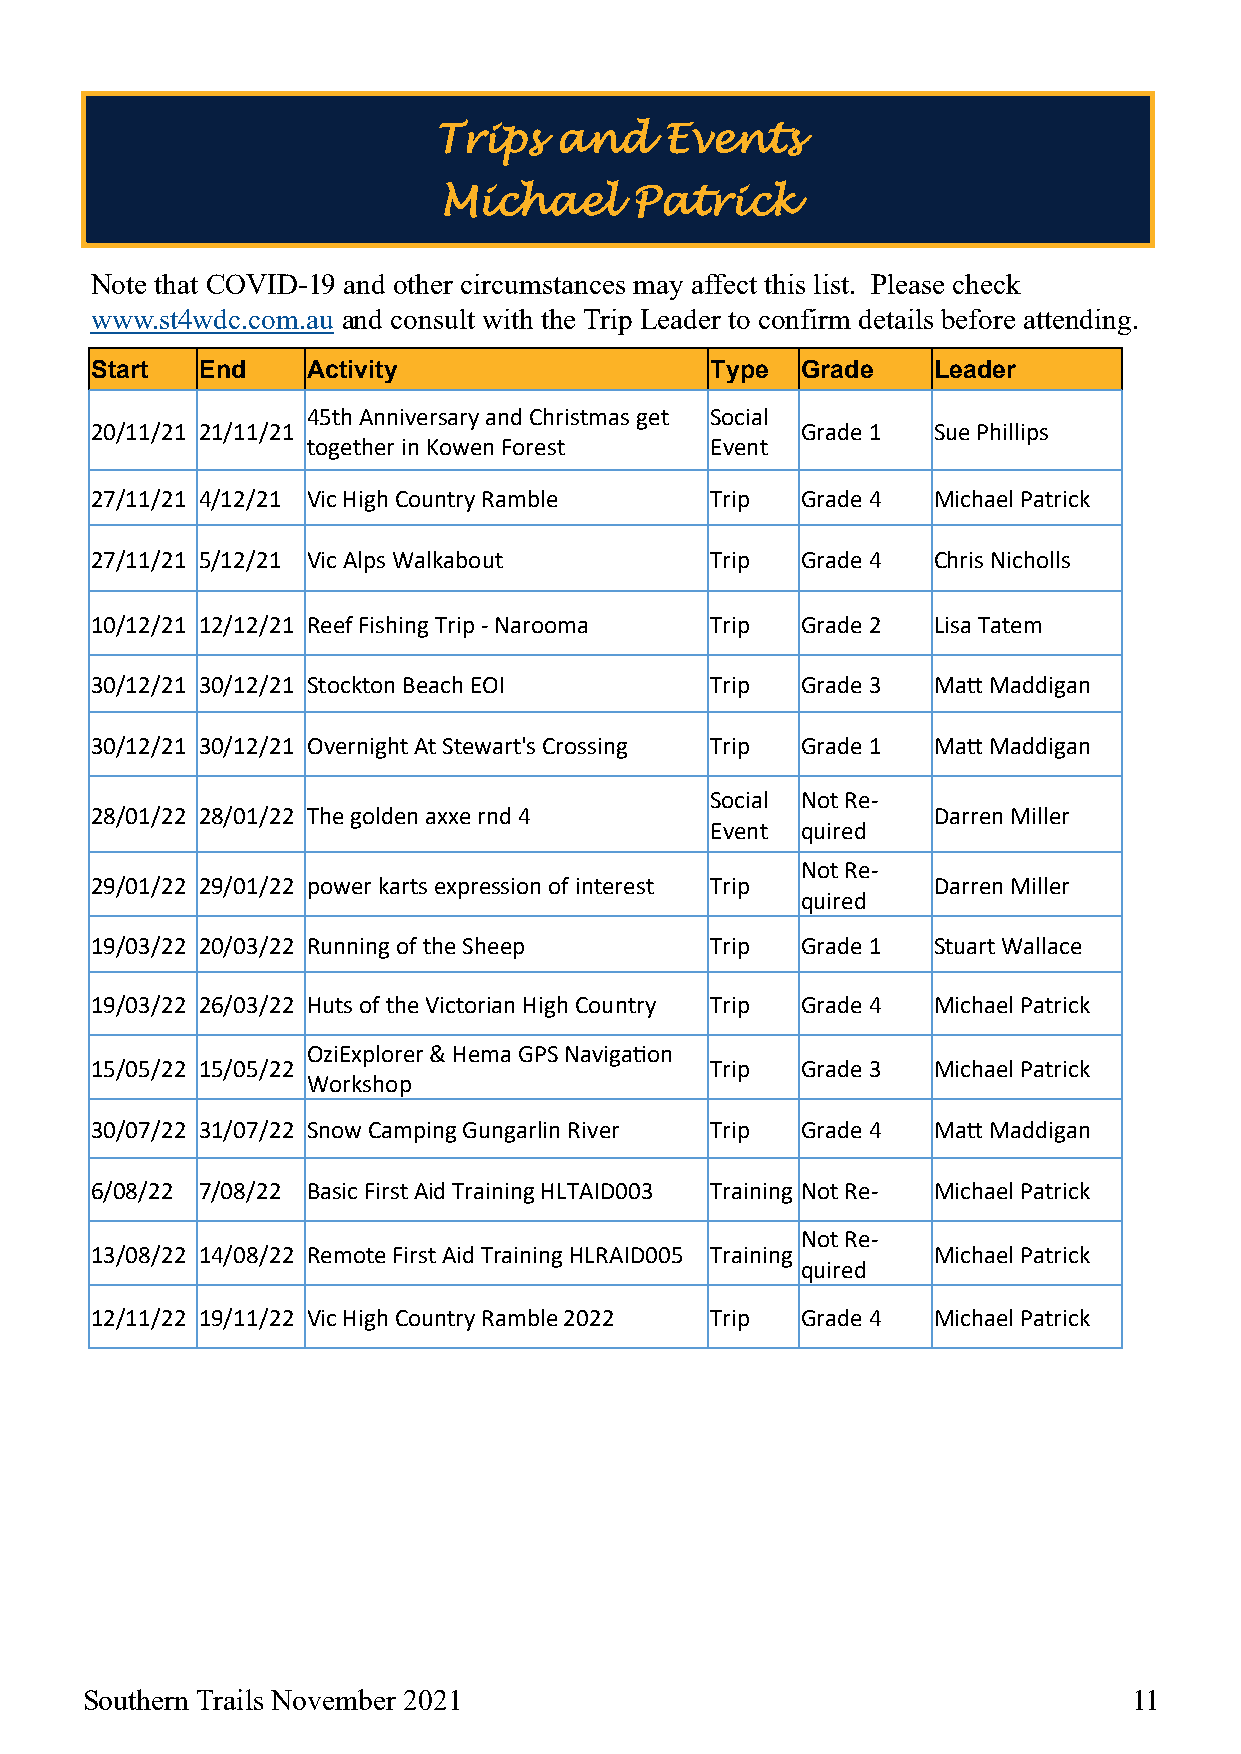
Trips   and    Events
 Michael      Patrick
 Note that COVID-19 and other circumstances may affect this list. Please check
 www.st4wdc.com.au and consult with the Trip Leader to confirm details before attending.
 Start  End    Activity                   Type  Grade    Leader
 45th Anniversary and Christmas get Social
 20/11/21 21/11/21                              Grade 1  Sue Phillips
 together in Kowen Forest   Event
 27/11/21 4/12/21 Vic High Country Ramble Trip  Grade 4  Michael Patrick
 27/11/21 5/12/21 Vic Alps Walkabout      Trip  Grade 4  Chris Nicholls
 10/12/21 12/12/21 Reef Fishing Trip - Narooma Trip Grade 2 Lisa Tatem
 30/12/21 30/12/21 Stockton Beach EOI     Trip  Grade 3  Matt Maddigan
 30/12/21 30/12/21 Overnight At Stewart's Crossing Trip Grade 1 Matt Maddigan
 Social Not Re-
 28/01/22 28/01/22 The golden axxe rnd 4                 Darren Miller
 Event quired
 Not Re-
 29/01/22 29/01/22 power karts expression of interest Trip Darren Miller
 quired
 19/03/22 20/03/22 Running of the Sheep   Trip  Grade 1  Stuart Wallace
 19/03/22 26/03/22 Huts of the Victorian High Country Trip Grade 4 Michael Patrick
 OziExplorer & Hema GPS Navigation
 15/05/22 15/05/22                        Trip  Grade 3  Michael Patrick
 Workshop
 30/07/22 31/07/22 Snow Camping Gungarlin River Trip Grade 4 Matt Maddigan
 6/08/22 7/08/22 Basic First Aid Training HLTAID003 Training Not Re- Michael Patrick
 Not Re-
 13/08/22 14/08/22 Remote First Aid Training HLRAID005 Training Michael Patrick
 quired
 12/11/22 19/11/22 Vic High Country Ramble 2022 Trip Grade 4 Michael Patrick
 Southern Trails November 2021                                         11